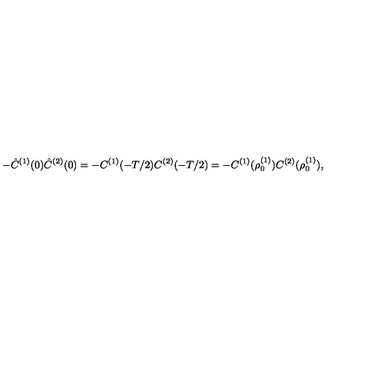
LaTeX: - \hat { C } ^ { ( 1 ) } ( 0 ) \hat { C } ^ { ( 2 ) } ( 0 ) = - C ^ { ( 1 ) } ( - T / 2 ) C ^ { ( 2 ) } ( - T / 2 ) = - C ^ { ( 1 ) } ( \rho _ { 0 } ^ { ( 1 ) } ) C ^ { ( 2 ) } ( \rho _ { 0 } ^ { ( 1 ) } ) ,